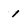
Character: l